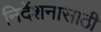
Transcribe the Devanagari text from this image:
निर्देशनासाठी